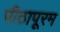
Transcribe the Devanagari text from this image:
पीठापूरम